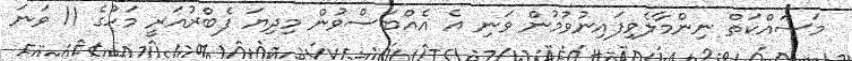
މަސައްކަތް ނިންމާލެވިފައިނުވުމުން ވަނި އެ އެއްބަސްވުން މިދިޔަ ފެބްރުއަރީ މަހުގެ 11 ވަނަ